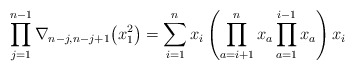
\begin{gather*}\prod_{j=1}^{n-1} \nabla_{n-j,n-j+1}\big(x_1^2\big)=\sum_{i=1}^{n}x_i \left( \prod_{a=i+1}^{n}x_a \prod_{a=1}^{i-1}x_a \right) x_i\end{gather*}